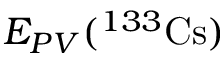
E _ { P V } ( { } ^ { 1 3 3 } \mathrm { C s } )